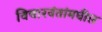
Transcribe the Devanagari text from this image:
विचारवंतांमधील